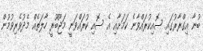
ބުނާ އިގްރާރުގައި ސޮއިކުރައްވާނެ ކަމަށާއި އެ ސޮއި ކުރައްވަނީ މަޖޫބޫރީ ހާލަތެއް މެދުވެރިވުމުން